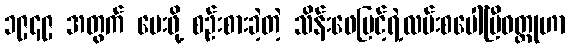
၁၉၄၉ အတွက် ပေးဖို့ စဉ်းစားခဲ့တဲ့ သိန်းဖေမြင့်ရဲ့လမ်းစပေါ်ပြီဝတ္ထုဟာ